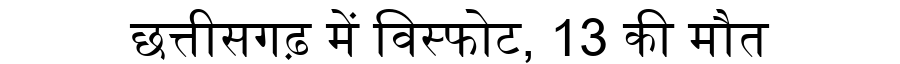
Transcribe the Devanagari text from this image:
छत्तीसगढ़ में विस्फोट, 13 की मौत